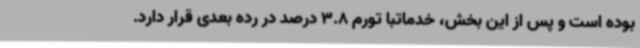
بوده است و پس از این بخش، خدماتبا تورم 3.8 درصد در رده بعدی قرار دارد.